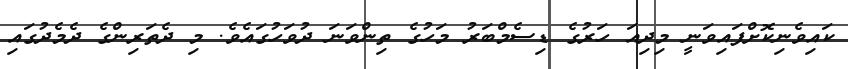
ކައިވެނިކޮށްފައިވަނީ މިދިއަ ހަރުގެ ޑިސެމްބަރު މަހުގެ ތިންވަނަ ދުވަހުގައެވެ. މި ދެތަރިންގެ ދެމެދުގައި